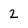
Character: 2